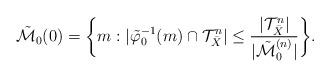
LaTeX: \begin{align*}\tilde{{\cal M}}_0(0) = \bigg\{ m : |\tilde{\varphi}_0^{-1}(m) \cap {\cal T}_{\bar{X}}^n | \le \frac{|{\cal T}_{\bar{X}}^n|}{|\tilde{{\cal M}}_0^{(n)}|} \bigg\}.\end{align*}